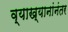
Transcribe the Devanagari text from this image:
व्याख्यानांनंतर